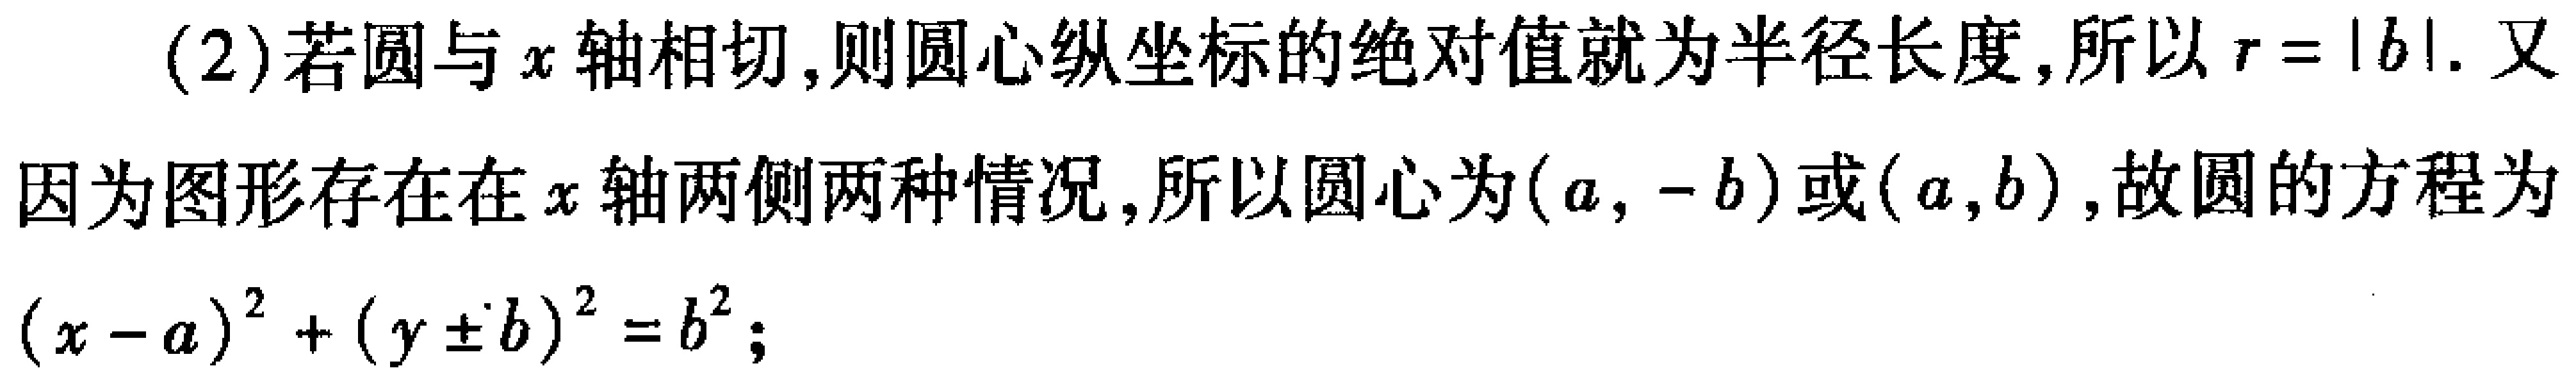
(2)若圆与\(x\)轴相切,则圆心纵坐标的绝对值就为半径长度,所以\(r = |b|\). 又
因为图形存在在\(x\)轴两侧两种情况,所以圆心为\((a, -b)\)或\((a,b)\),故圆的方程为
\((x - a)^{2}+(y\pm b)^{2}=b^{2}\);